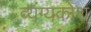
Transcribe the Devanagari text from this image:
व्यंग्यकोश